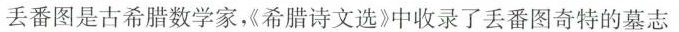
丢番图是古希腊数学家《希腊诗文选》中收录了丢番图奇特的墓志